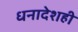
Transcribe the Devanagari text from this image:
धनादेशही